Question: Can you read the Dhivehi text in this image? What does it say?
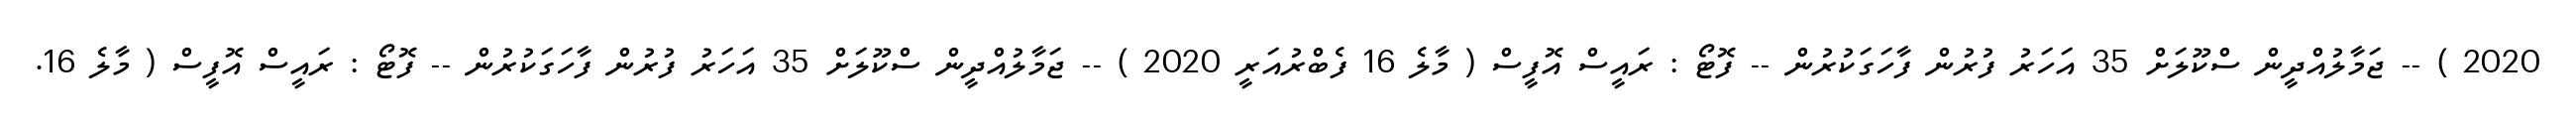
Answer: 2020 ) -- ޖަމާލުއްދީން ސްކޫލަށް 35 އަހަރު ފުރުން ފާހަގަކުރުން -- ފޮޓޯ : ރައީސް އޮފީސް ( މާލެ 16 ފެބްރުއަރީ 2020 ) -- ޖަމާލުއްދީން ސްކޫލަށް 35 އަހަރު ފުރުން ފާހަގަކުރުން -- ފޮޓޯ : ރައީސް އޮފީސް ( މާލެ 16.